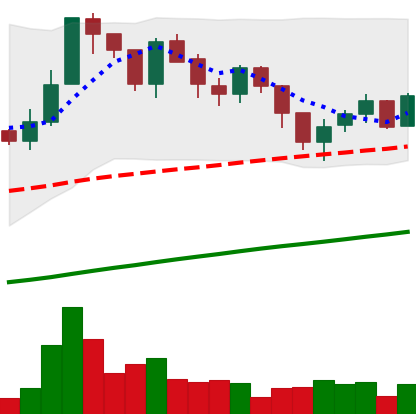
Ticker: LTC-USD
Chart end date: 2017-07-20
Forward return: -6.163%
Label: down_5_7